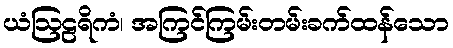
ယံဩဠရိကံ၊ အကြင်ကြမ်းတမ်းခက်ထန်သော